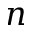
n